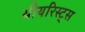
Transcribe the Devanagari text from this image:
थीयरिस्ट्स